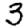
Digit: 3